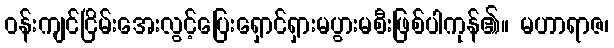
ဝန်းကျင်ငြိမ်းအေးလွင့်ပြေးရှောင်ရှားမပွားမစီးဖြစ်ပါကုန်၏။ မဟာရာဇ၊